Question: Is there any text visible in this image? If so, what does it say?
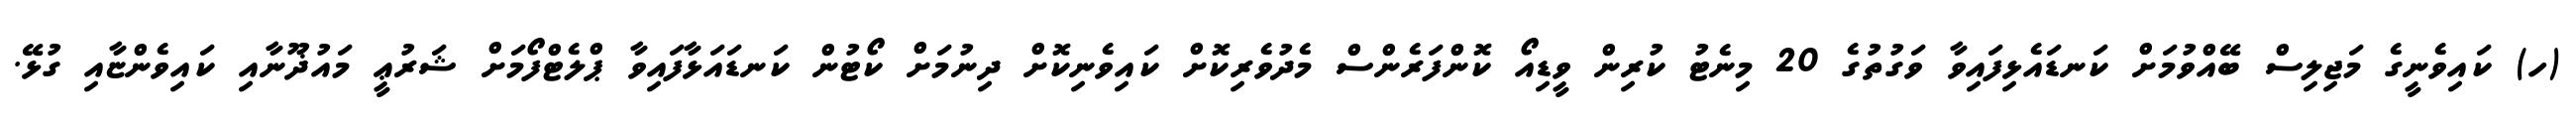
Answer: (ހ) ކައިވެނީގެ މަޖިލިސް ބޭއްވުމަށް ކަނޑައެޅިފައިވާ ވަގުތުގެ 20 މިނެޓު ކުރިން ވީޑިއޯ ކޮންފަރެންސް މެދުވެރިކޮށް ކައިވެނިކޮށް ދިނުމަށް ކޯޓުން ކަނޑައަޅާފައިވާ ޕްލެޓްފޯމަށް ޝަރުޢީ މައުޛޫނާއި ކައިވެންޏާއި ގުޅޭ.